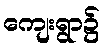
ကျေးရွာ၌